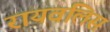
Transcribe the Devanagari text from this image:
रायवलिस